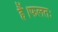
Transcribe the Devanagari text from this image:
हैं।फलतः